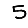
Digit: 5